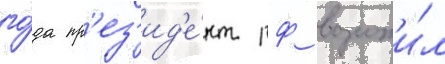
го́да пр'ез'ид'е́нт рф возложи́л